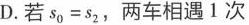
D. 若$$s _ { 0 } = s _ { 2 }$$，两车相遇1次